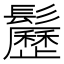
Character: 𩯺